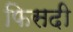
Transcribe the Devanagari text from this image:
फिसदी